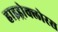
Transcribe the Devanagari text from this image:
हाइड्रोक्लोरस